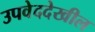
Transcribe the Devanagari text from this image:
उपवेददेखील